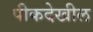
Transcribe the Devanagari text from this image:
पीकदेखील